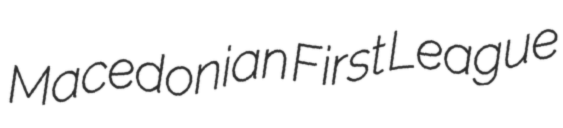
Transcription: Macedonian First League